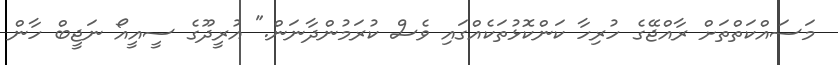
މަސައްކަތްތަށް ރާއްޖޭގެ ހުރިހާ ކަންކޮޅުތަކެއްގައި ވެސް ކުރަމުންދާނަން." އުރީދޫގެ ސީއީއޯ ނަޖީބް ހާން